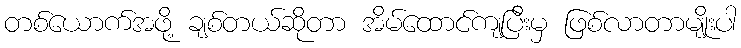
တစ်ယောက်အဖို့ ချစ်တယ်ဆိုတာ အိမ်ထောင်ကျပြီးမှ ဖြစ်လာတာမျိုးပါ